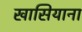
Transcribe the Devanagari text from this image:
खासियाना